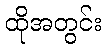
ထိုအတွင်း